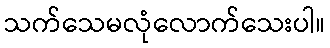
သက်သေမလုံလောက်သေးပါ။